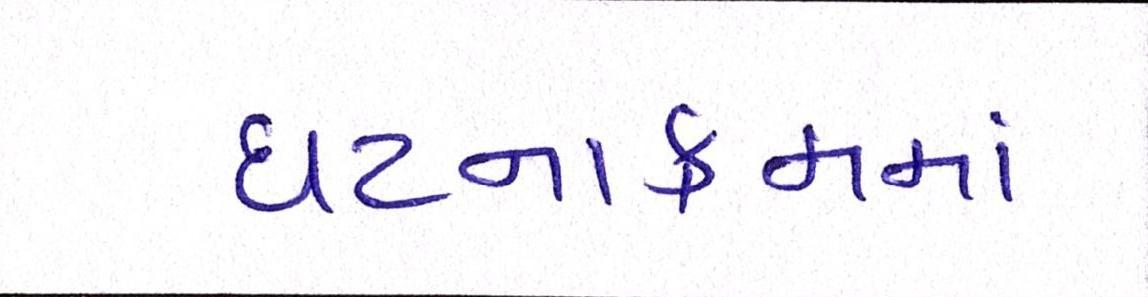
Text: ઘટનાક્રમમાં